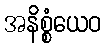
အနိစ္စံယေဝ